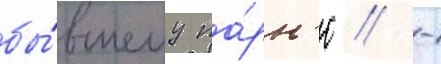
бы́вшему па́рн'ю // -